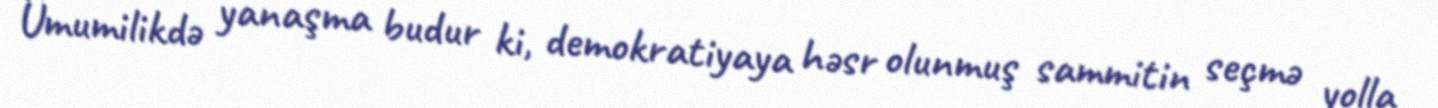
Ümumilikdə yanaşma budur ki, demokratiyaya həsr olunmuş sammitin seçmə yolla